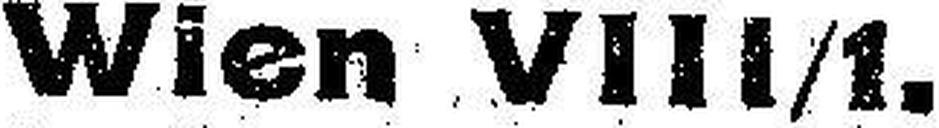
Wien VIII/1.